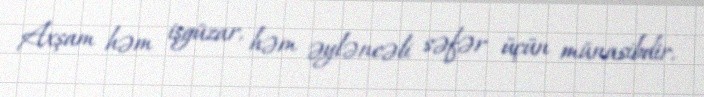
Axşam həm işgüzar, həm əyləncəli səfər üçün münasibdir.